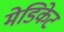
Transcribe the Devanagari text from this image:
मेडिकेट